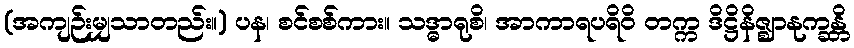
(အကျဉ်းမျှသာတည်း။) ပန၊ စင်စစ်ကား။ သဒ္ဓာရုစိ၊ အာကာရပရိဝိ တက္က ဒိဋ္ဌိနိဇ္ဈာနုက္ခန္တိ